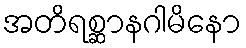
အတိရစ္ဆာနဂါမိနော